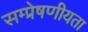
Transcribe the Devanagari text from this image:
सम्प्रेषणीयता